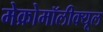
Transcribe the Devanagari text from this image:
मेक्रोमॉलीक्यूल